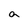
Character: a